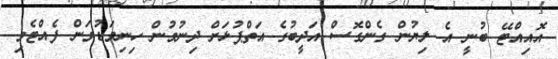
އޮއިއްޓޭ ބުނީ އެ ލިޔުން ގެންގޮސް އަދީބުގެ އަތްޕުޅަށް ދިނުމުން ހިނިވަޑުވަން ފެއްޓެވި